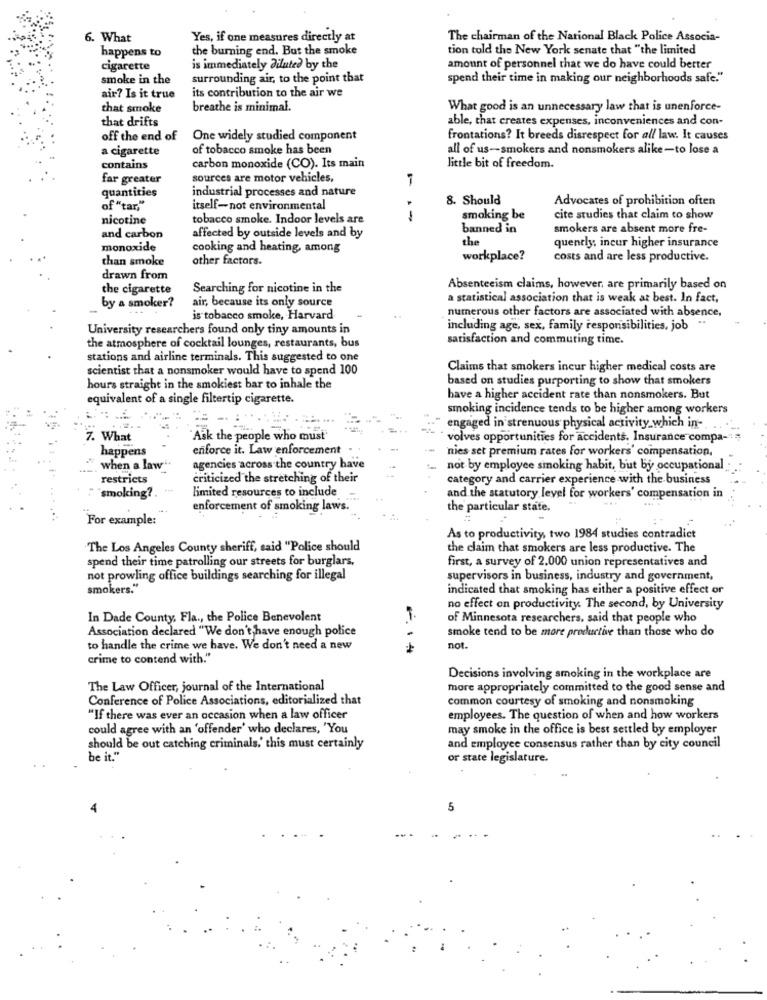
6. What
Yes, if one measures directly at
The chairman of the National Black Police Associa-
happens to
the burning end. But the smoke
tion told the New York senate that "the limited
cigarette
is immediately diluted by the
amount of personnel that we do have could better
smoke in the
surrounding air, to the point that
spend their time in making our neighborhoods safe."
its contribution to the air we
air? Is it true
that smoke
breathe is minimal.
What good is an unnecessary law that is unenforce-
that drifts
able, that creates expenses, inconveniences and con-
off the end of
One widely studied component
frontations? It breeds disrespect for all law. It causes
a cigarette
of tobacco smoke has been
all of us-smokers and nonsmokers alike-to lose a
contains
carbon monoxide (CO). Its main
little bit of freedom.
far greater
sources are motor vehicles,
quantities
industrial processes and nature
8. Should
Advocates of prohibition often
of "tar,"
itself-not environmental
nicotine
tobacco smoke. Indoor levels are
1
smoking be
cite studies that claim to show
banned in
smokers are absent more fre-
and carbon
affected by outside levels and by
the
quently, incur higher insurance
monoxide
cooking and heating, among
than smoke
other factors.
workplace?
costs and are less productive.
drawn from
the cigarette
Searching for nicotine in the
Absenteeism claims, however, are primarily based on
by a smoker?
air, because its only source
a statistical association that is weak at best. In fact,
numerous other factors are associated with absence,
is tobacco smoke, Harvard
University researchers found only tiny amounts in
including age, sex, family responsibilities, job
satisfaction and commuting time.
the atmosphere of cocktail lounges, restaurants, bus
stations and airline terminals. This suggested to one
scientist that a nonsmoker would have to spend 100
Claims that smokers incur higher medical costs are
based on studies purporting to show that smokers
hours straight in the smokiest bar to inhale the
equivalent of a single filtertip cigarette.
have a higher accident rate than nonsmokers. But
smoking incidence tends to be higher among workers
engaged in strenuous physical activity which in-
7. What
Ask the people who must
volves opportunities for accidents. Insurance compa-":
happens
enforce it. Law enforcement
'nies set premium rates for workers' compensation,
when a lawi.
agencies across the country have
not by employee smoking habit, but by occupational
restricts
criticized the stretching of their
category and carrier experience with the business
smoking ?.
limited resources to include
and the statutory level for workers' compensation in
enforcement of smoking laws.
the particular state.
For example:
As to productivity, two 1984 studies contradict
The Los Angeles County sheriff, said "Police should
the claim that smokers are less productive. The
spend their time patrolling our streets for burglars,
first, a survey of 2.000 union representatives and
not prowling office buildings searching for illegal
supervisors in business, industry and government,
smokers."
indicated that smoking has either a positive effect or
no effect on productivity. The second, by University
In Dade County, Fla ., the Police Benevolent
of Minnesota researchers, said that people who
Association declared "We don't have enough police
smoke tend to be more productive than those who do
to handle the crime we have. We don't need a new
not.
crime to contend with."
Decisions involving smoking in the workplace are
The Law Officer, journal of the International
more appropriately committed to the good sense and
Conference of Police Associations, editorialized that
common courtesy of smoking and nonsmoking
"If there was ever an occasion when a law officer
employees. The question of when and how workers
could agree with an 'offender' who declares, 'You
may smoke in the office is best settled by employer
should be out catching criminals,' this must certainly
and employee consensus rather than by city council
be it."
or state legislature.
5